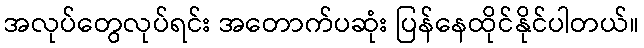
အလုပ်တွေလုပ်ရင်း အတောက်ပဆုံး ပြန်နေထိုင်နိုင်ပါတယ်။